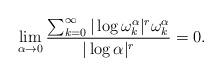
LaTeX: \begin{align*}\lim_{\alpha\to 0} \frac{{\sum_{k=0}^\infty |\log \omega_k^\alpha|^r \omega_k^\alpha}}{|\log \alpha|^r} = 0.\end{align*}